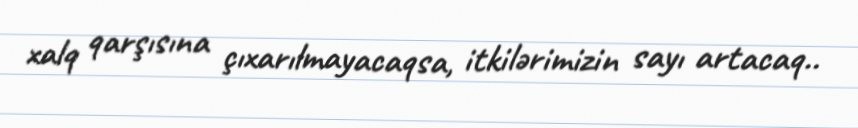
xalq qarşısına çıxarılmayacaqsa, itkilərimizin sayı artacaq..